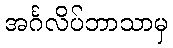
အင်္ဂလိပ်ဘာသာမှ